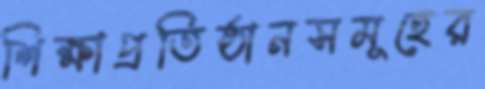
শিক্ষাপ্রতিষ্ঠানসমূহের